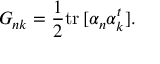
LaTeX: G _ { n k } = { \frac { 1 } { 2 } } \mathrm { t r } \, [ \alpha _ { n } \alpha _ { k } ^ { t } ] .